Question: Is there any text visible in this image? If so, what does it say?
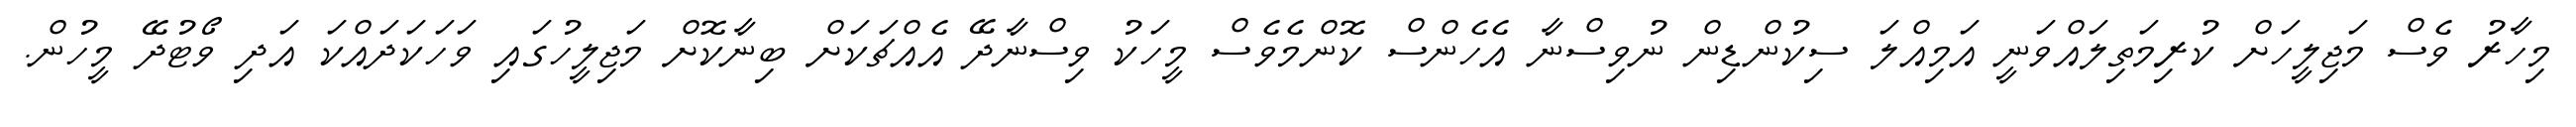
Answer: މިހާރު ވެސް މަޖިލީހަށް ކުރިމަތިލައްވަނީ އަމިއްލަ ސިކުންޑިން ނުވިސްނާ އެހެންސް ކޮންމެވެސް މީހަކު ވިސްނާދޭ އެއްޗަކަށް ބިނާކޮށް މަޖިލީހުގައި ވަހަކަދައްކަ އަދި ވޯޓުދޭ މީހުން.